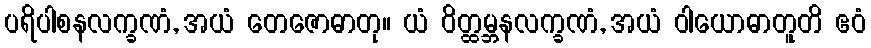
ပရိပါစနလက္ခဏံ, အယံ တေဇောဓာတု။ ယံ ဝိတ္ထမ္ဘနလက္ခဏံ, အယံ ဝါယောဓာတူတိ ဧဝံ